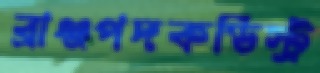
ব্রাঞ্জপদকডিস্ট্র